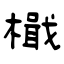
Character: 檝